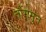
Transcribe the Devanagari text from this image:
तौंगमुन